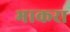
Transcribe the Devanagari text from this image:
भाकरा